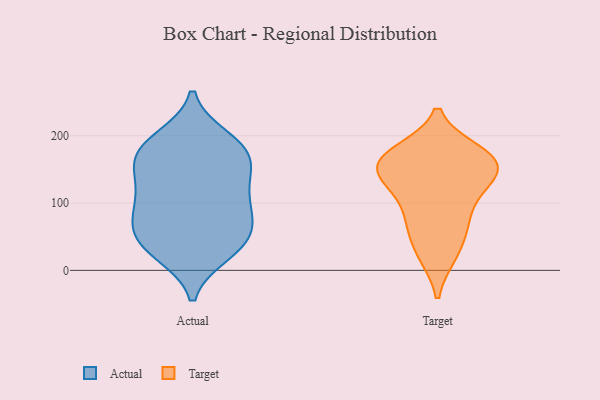
{"axis": {"x": "Revenue (USD Million)", "y": "Value"}, "legend": ["Actual", "Target"], "data": [{"x": "", "y": 73, "type": "Actual"}, {"x": "", "y": 26, "type": "Actual"}, {"x": "", "y": 55, "type": "Actual"}, {"x": "", "y": 170, "type": "Actual"}, {"x": "", "y": 29, "type": "Actual"}, {"x": "", "y": 51, "type": "Actual"}, {"x": "", "y": 142, "type": "Actual"}, {"x": "", "y": 97, "type": "Actual"}, {"x": "", "y": 188, "type": "Actual"}, {"x": "", "y": 82, "type": "Actual"}, {"x": "", "y": 115, "type": "Actual"}, {"x": "", "y": 195, "type": "Actual"}, {"x": "", "y": 151, "type": "Actual"}, {"x": "", "y": 110, "type": "Actual"}, {"x": "", "y": 167, "type": "Actual"}, {"x": "", "y": 40, "type": "Actual"}, {"x": "", "y": 181, "type": "Actual"}, {"x": "", "y": 116, "type": "Target"}, {"x": "", "y": 176, "type": "Target"}, {"x": "", "y": 23, "type": "Target"}, {"x": "", "y": 160, "type": "Target"}, {"x": "", "y": 142, "type": "Target"}, {"x": "", "y": 152, "type": "Target"}, {"x": "", "y": 171, "type": "Target"}, {"x": "", "y": 150, "type": "Target"}, {"x": "", "y": 76, "type": "Target"}, {"x": "", "y": 66, "type": "Target"}, {"x": "", "y": 135, "type": "Target"}, {"x": "", "y": 23, "type": "Target"}, {"x": "", "y": 111, "type": "Target"}, {"x": "", "y": 164, "type": "Target"}, {"x": "", "y": 175, "type": "Target"}, {"x": "", "y": 66, "type": "Target"}]}